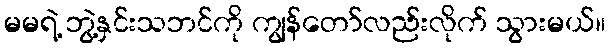
မမရဲ့ ဘွဲ့နှင်းသဘင်ကို ကျွန်တော်လည်းလိုက် သွားမယ်။